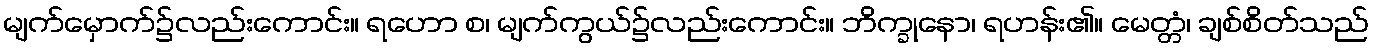
မျက်မှောက်၌လည်းကောင်း။ ရဟော စ၊ မျက်ကွယ်၌လည်းကောင်း။ ဘိက္ခုနော၊ ရဟန်း၏။ မေတ္တံ၊ ချစ်စိတ်သည်